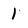
Character: 1